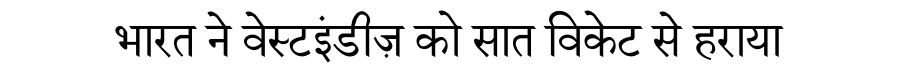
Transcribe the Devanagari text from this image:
भारत ने वेस्टइंडीज़ को सात विकेट से हराया